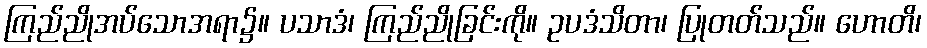
ကြည်ညိုအပ်သောအရာ၌။ ပသာဒံ၊ ကြည်ညိုခြင်းကို။ ဥပဒံသိတာ၊ ပြုတတ်သည်။ ဟောတိ၊